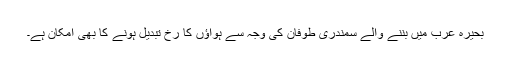
بحیرہ عرب میں بننے والے سمندری طوفان کی وجہ سے ہواؤں کا رخ تبدیل ہونے کا بھی امکان ہے۔